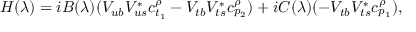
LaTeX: H ( \lambda ) = i B ( \lambda ) ( V _ { u b } V _ { u s } ^ { * } c _ { t _ { 1 } } ^ { \rho } - V _ { t b } V _ { t s } ^ { * } c _ { p _ { 2 } } ^ { \rho } ) + i C ( \lambda ) ( - V _ { t b } V _ { t s } ^ { * } c _ { p _ { 1 } } ^ { \rho } ) ,